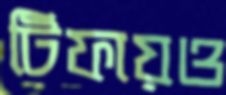
টিফায়ও